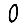
Digit: 0